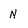
Character: N